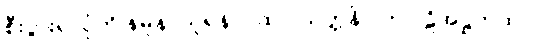
စီးပွားရှာပုံကို နမူနာယူရန် ဂါထာ။သုတ္တနိပါတပါဠိအဋ္ဌကထာ